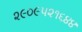
૨૯૦૯૫૨૧૬૪૪